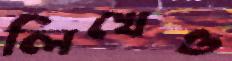
লিখেও